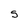
Character: S